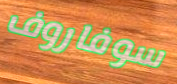
سوفاروف